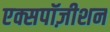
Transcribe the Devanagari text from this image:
एक्सपॉज़ीशन